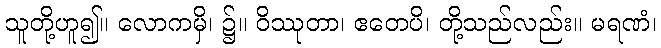
သူတို့ဟူ၍။ လောကမှိ၊ ၌။ ဝိဿုတာ၊ ဧတေပိ၊ တို့သည်လည်း။ မရဏံ၊